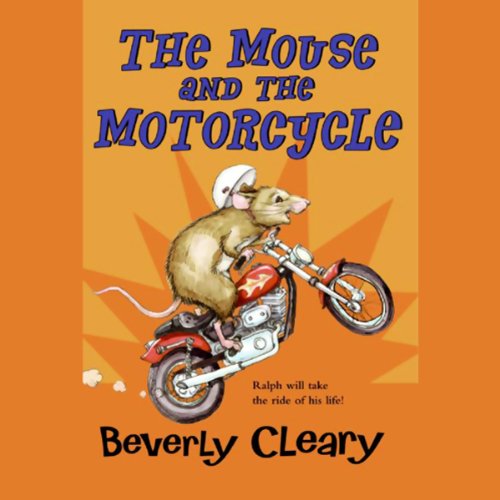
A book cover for The Mouse and the Motorcycle; Beverly Cleary; Engineering & Transportation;